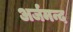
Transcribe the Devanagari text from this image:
अर्जमन्द